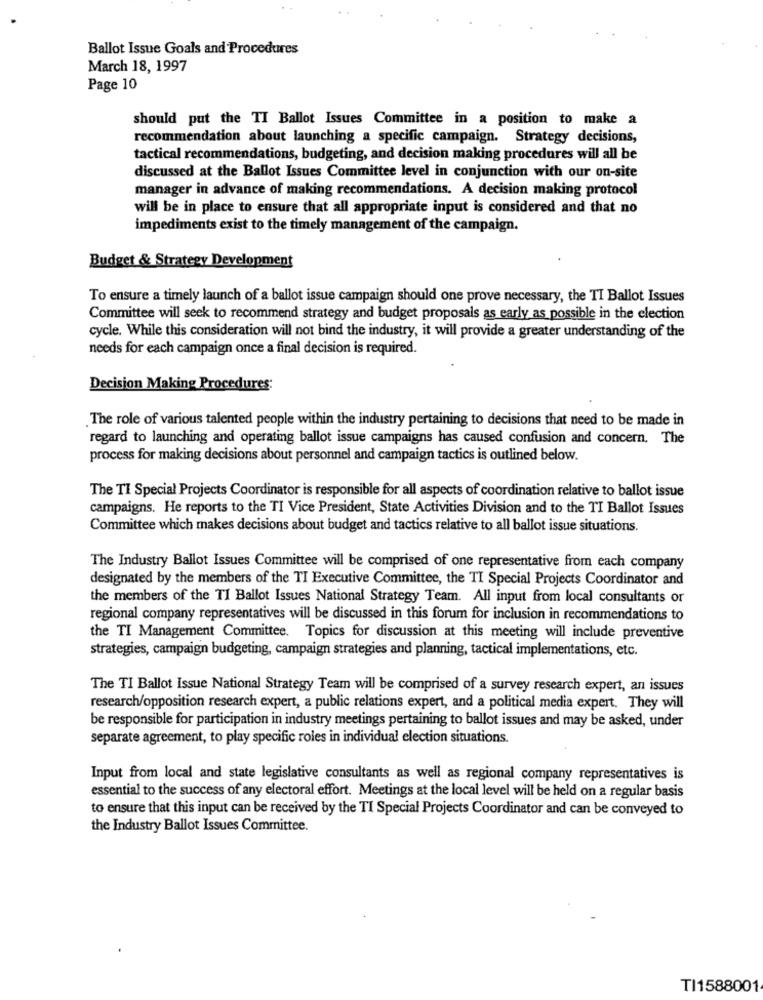
Ballot Issue Goals and Procedures
March 18, 1997
Page 10
should put the TI Ballot Issues Committee in a position to make a
recommendation about launching a specific campaign. Strategy decisions,
tactical recommendations, budgeting, and decision making procedures will all be
discussed at the Ballot Issues Committee level in conjunction with our on-site
manager in advance of making recommendations. A decision making protocol
will be in place to ensure that all appropriate input is considered and that no
impediments exist to the timely management of the campaign.
Budget & Strategy Development
To ensure a timely launch of a ballot issue campaign should one prove necessary, the TI Ballot Issues
Committee will seek to recommend strategy and budget proposals as early as possible in the election
cycle. While this consideration will not bind the industry, it will provide a greater understanding of the
needs for each campaign once a final decision is required.
Decision Making Procedures:
The role of various talented people within the industry pertaining to decisions that need to be made in
regard to launching and operating ballot issue campaigns has caused confusion and concern. The
process for making decisions about personnel and campaign tactics is outlined below.
The TI Special Projects Coordinator is responsible for all aspects of coordination relative to ballot issue
campaigns. He reports to the TI Vice President, State Activities Division and to the TI Ballot Issues
Committee which makes decisions about budget and tactics relative to all ballot issue situations.
The Industry Ballot Issues Committee will be comprised of one representative from each company
designated by the members of the TI Executive Committee, the TI Special Projects Coordinator and
the members of the TI Ballot Issues National Strategy Team. All input from local consultants or
regional company representatives will be discussed in this forum for inclusion in recommendations to
the TI Management Committee. Topics for discussion at this meeting will include preventive
strategies, campaign budgeting, campaign strategies and planning, tactical implementations, etc.
The TI Ballot Issue National Strategy Team will be comprised of a survey research expert, an issues
research/opposition research expert, a public relations expert, and a political media expert. They will
be responsible for participation in industry meetings pertaining to ballot issues and may be asked, under
separate agreement, to play specific roles in individual election situations.
Input from local and state legislative consultants as well as regional company representatives is
essential to the success of any electoral effort. Meetings at the local level will be held on a regular basis
to ensure that this input can be received by the TI Special Projects Coordinator and can be conveyed to
the Industry Ballot Issues Committee.
TI1588001